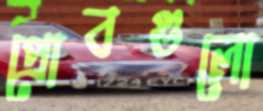
প্রোবগুলো